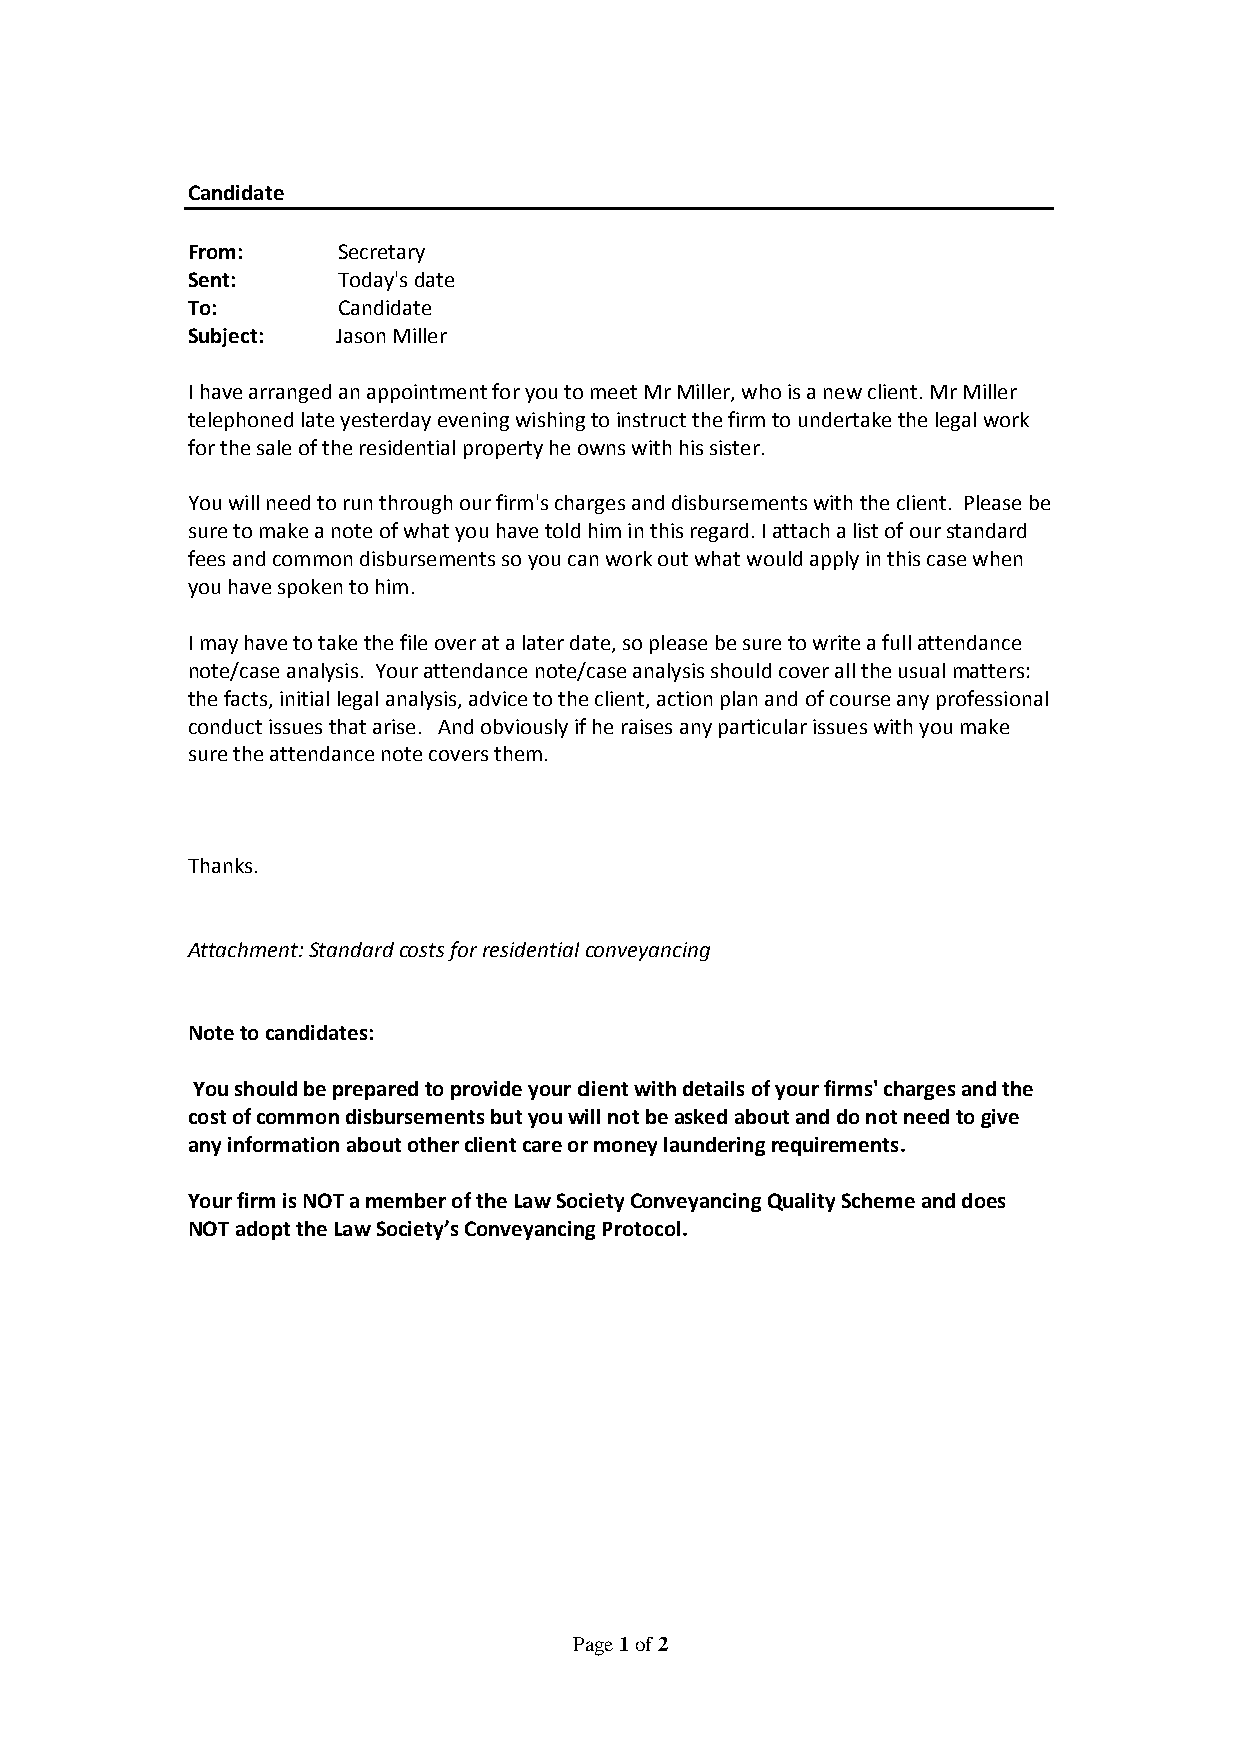
Candidate
 From:     Secretary
 Sent:     Today's date
 To:       Candidate
 Subject:  Jason Miller
 I have arranged an appointment for you to meet Mr Miller, who is a new client. Mr Miller
 telephoned late yesterday evening wishing to instruct the firm to undertake the legal work
 for the sale of the residential property he owns with his sister.
 You will need to run through our firm's charges and disbursements with the client. Please be
 sure to make a note of what you have told him in this regard. I attach a list of our standard
 fees and common disbursements so you can work out what would apply in this case when
 you have spoken to him.
 I may have to take the file over at a later date, so please be sure to write a full attendance
 note/case analysis. Your attendance note/case analysis should cover all the usual matters:
 the facts, initial legal analysis, advice to the client, action plan and of course any professional
 conduct issues that arise. And obviously if he raises any particular issues with you make
 sure the attendance note covers them.
 Thanks.
 Attachment: Standard costs for residential conveyancing
 Note to candidates:
 You should be prepared to provide your client with details of your firms' charges and the
 cost of common disbursements but you will not be asked about and do not need to give
 any information about other client care or money laundering requirements.
 Your firm is NOT a member of the Law Society Conveyancing Quality Scheme and does
 NOT adopt the Law Society’s Conveyancing Protocol.
 Page 1 of 2